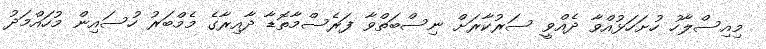
މިއިސްލާހު ހުށަހަޅުއްވާ ދެއްވީ ސަރުކާރަށް ނިސްބަތްވާ ފަރެސްމާތޮޑާ ދާއިރާގެ މެމްބަރު ހުސައިން މުހައްމަދު